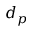
d _ { p }